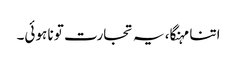
اتنا مہنگا، یہ تجارت تو نا ہوئی۔